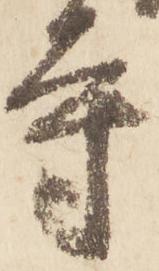
寺